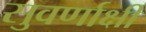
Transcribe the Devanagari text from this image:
सुवर्णाक्षी